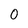
Character: 0